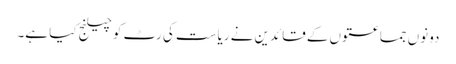
دونوں جماعتوں کے قائدین نے ریاست کی رٹ کو چیلنج کیا ہے۔